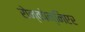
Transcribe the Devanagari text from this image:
रोन्कोन्निएर